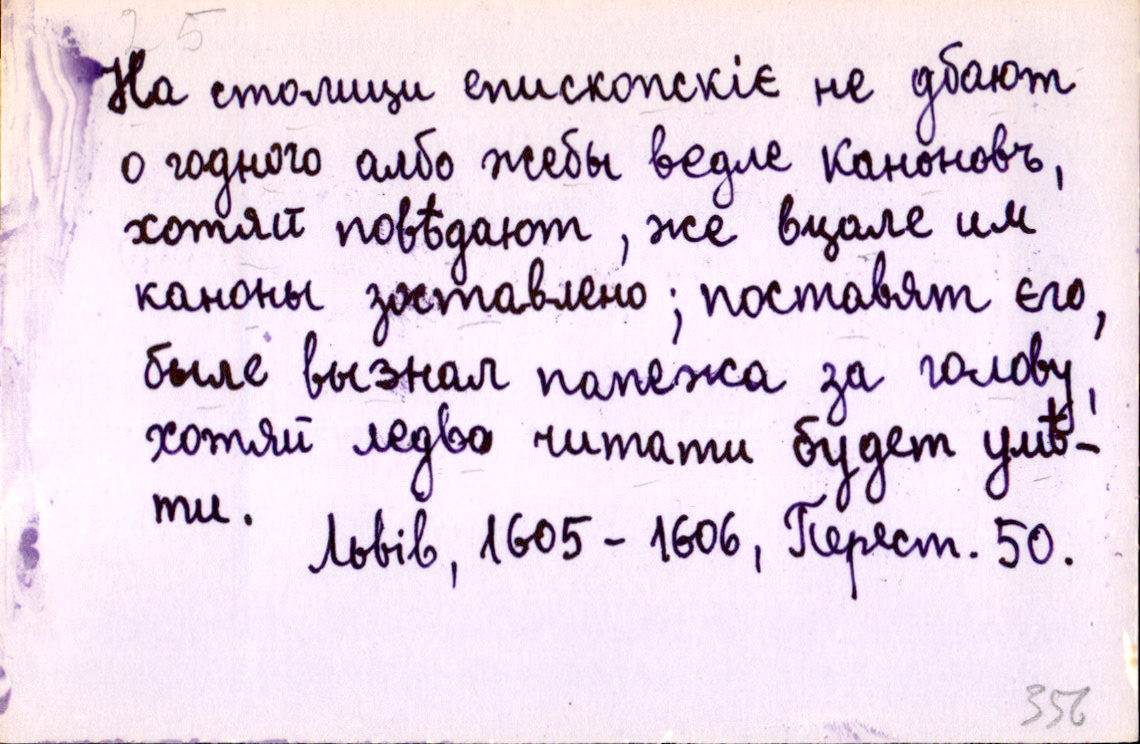
На столици епископскіє не дбают
о годного албо жебы ведле каноновъ,
хотяй повѣдают, же вцале им
каноны зоставлено; поставят єго,
быле вызнал папежа за голову,
хотяй ледво читати будет умѣ-
ти. 
Львів, 1605-1606, Перест. 50.